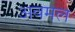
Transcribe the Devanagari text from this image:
अवमल